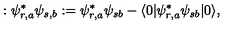
: \psi _ { r , a } ^ { * } \psi _ { s , b } : = \psi _ { r , a } ^ { * } \psi _ { s b } - \langle 0 | \psi _ { r , a } ^ { * } \psi _ { s b } | 0 \rangle ,